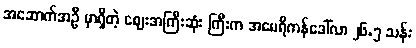
အဆောက်အဦ မှာရှိတဲ့ ဈေးအကြီးဆုံး ကြီးက အမေရိကန်ဒေါ်လာ ၂၆.၅ သန်း